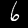
Label: 6